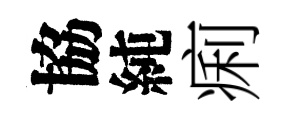
協純痢